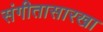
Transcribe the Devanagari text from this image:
संगीतासारखा